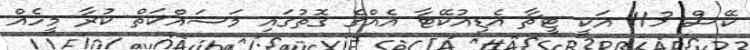
ކޭސް 113 އަކީ ޓީޗާ އެޑިއުކޭޓާ އެއްގެ ގޮތުގައި މަސައްކަތް ކުރާ މީހެއް